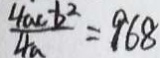
\frac { 4 a c - b ^ { 2 } } { 4 a } = 9 6 8